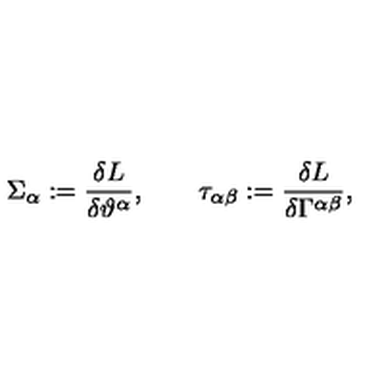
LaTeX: \Sigma _ { \alpha } : = { \frac { \delta L } { \delta \vartheta ^ { \alpha } } } , \qquad \tau _ { \alpha \beta } : = { \frac { \delta L } { \delta \Gamma ^ { \alpha \beta } } } ,